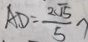
A D = \frac { 2 \sqrt { 1 5 } } { 5 }